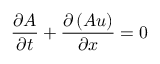
{ \frac { \partial A } { \partial t } } + { \frac { \partial \left( A u \right) } { \partial x } } = 0